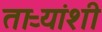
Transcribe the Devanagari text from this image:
ताऱ्यांशी